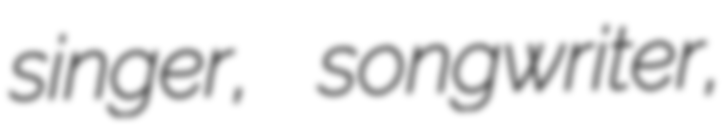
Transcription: singer, songwriter,